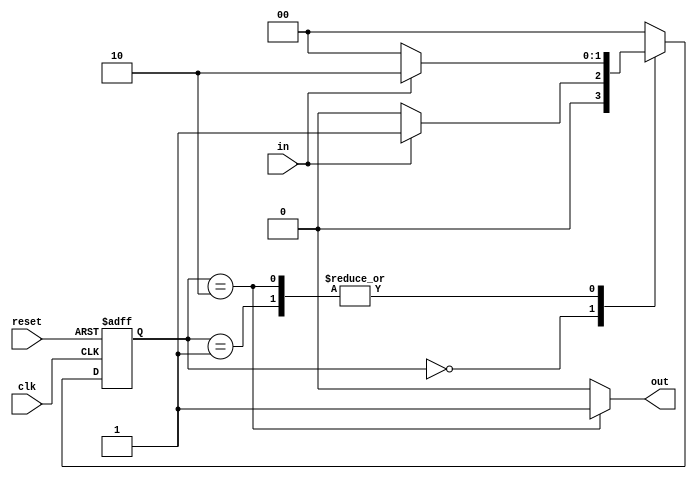
module state_machine_mealy(clk, reset, in, out);
parameter zero=0, one1=1, two1s=2;
output out; input clk, reset, in;
reg out; reg [1:0] state, next_state;
// Implement the state register
always @(posedge clk or posedge reset) begin
 if (reset)
 state <= zero;
 else
 state <= next_state;
 end
always @(state or in) begin
 case (state)
 zero: begin //last input was a zero out = 0;
 if (in)
 next_state=one1;
 else
 next_state=zero;
 end
 one1: begin //we've seen one 1 out = 0;
 if (in)
 next_state=two1s;
 else
 next_state=zero;
 end
 two1s: begin //we've seen at least 2 ones out = 1;
 if (in) 
 next_state=two1s;
 else
 next_state=zero;
 end
 default: //in case we reach a bad state out = 0;
 next_state=zero;
 endcase
end
// output logic
always @(state) begin
 case (state)
 zero: out <= 0;
 one1: out <= 0;
 two1s: out <= 1;
 default : out <= 0;
 endcase
end
endmodule